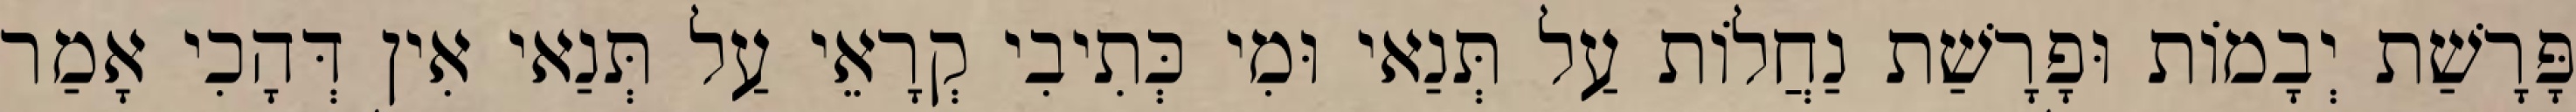
פָּרָשַׁת יְבָמוֹת וּפָרָשַׁת נַחֲלוֹת עַל תְּנַאי וּמִי כְּתִיבִי קְרָאֵי עַל תְּנַאי אִין דְּהָכִי אָמַר